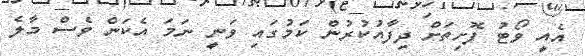
އެއީ ވޯޓު ފޮށިތަށް ދިފާއުކުރުން ކަމުގައި ވަނީ ނަމަ އެކަން ވެސް މާލެ